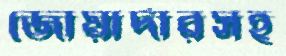
জোয়ার্দারসহ